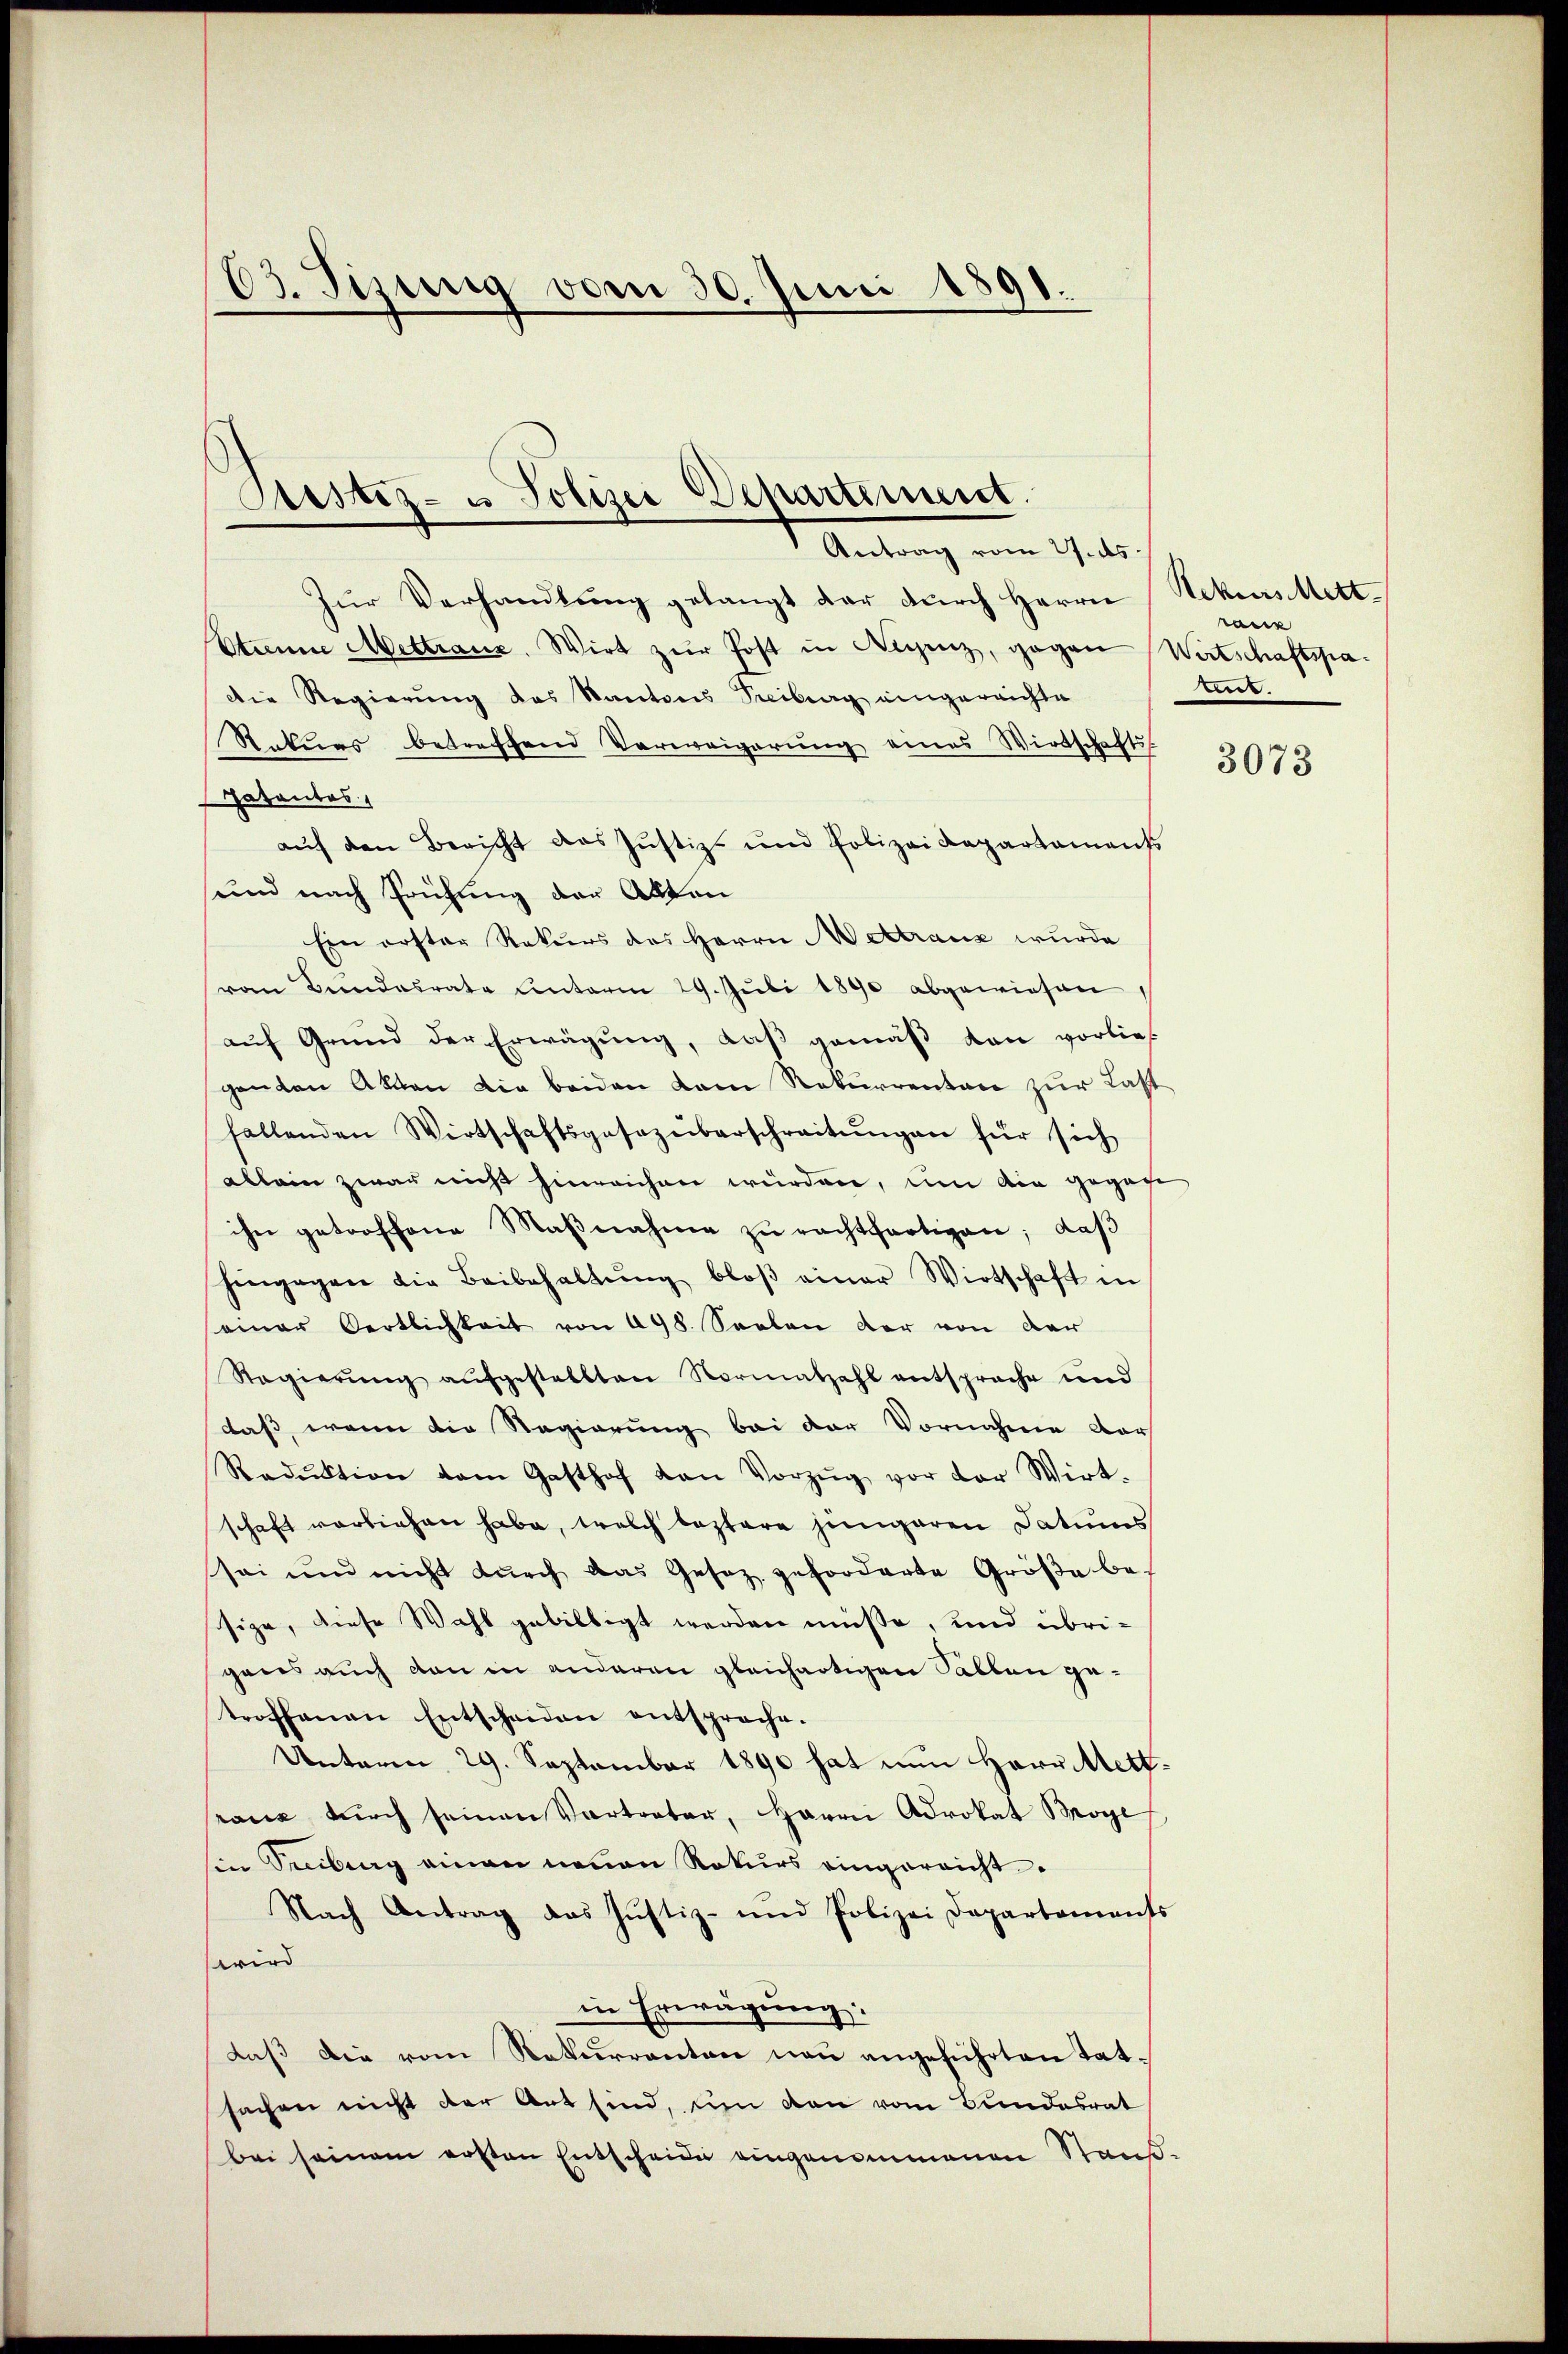
63. Sizung vom 30. Juni 1891.

Justiz- u Polizei-Departement.
Antrag vom 27. ds.

Zur Verhandlung gelangt der durch Herrn Nekostett
Otanne Mettraus. Wirt zŭr Post in Aigenz, gegen Wirtschaftspadie Regierung des Kantons Treiburg eingereichte
Stakurs betreffend Verweigerŭng eines Wirtschafts
atantes
aŭf den Bericht das Justiz- und Polizei Kapartament
und nach Prüfung der Alten
Ein erster Rekurs des Herrn ettranz wurde
von Bundesrate unterm 29. Juli 1890 abgewiesen,
auf Grund der Erwägung, daß gemäß von vorliegenten Akten die beiden kam Rekurrenten zur Last
fallenden Wirtschaftsgesezüberschreitŭngen für sich
allein zwar nicht hinreichen würden, um die gegen
ihn getroffene Maβnahme zŭ rachtfertigen, daβ
hingegen die Beibehaltŭng bloβ einer Wirtschaft in
seiner Oertlichkeit von 498. Seelen der von der
Regierung aufgestellten Normatzahl entsprache und
daß, wenn die Regierung bei der Vornahme der
Radŭktion dem Gasthof von Vorzŭg vor der Wirt-
schaft vorliehen habe, welch leztere jüngeren Datums
sei und nicht dŭrch das Gesetz geforderte Größe be-
sige, diese Wahl gebilligt werden müße, und übrigens auch den in anderen gleichartigen Sallen getroffenen Entscheiden entsproche.
Unterm 29. September 1890 hat nun Herr Stett
ranz durch seinen Vertreter, Herrn Advokat Moge
in Secibung einen neuen Rekurs eingereicht.
Nach Antrag das Justiz- und Polizei Departaments
wird
in Erwägung:
daβ die vom Rekurrenten neu angeführten tat-
sachen nicht der Art sind, um den vom Bundesrat
bei seinem ersten Entscheide eingenommenen Stand.

raur
es.

3073